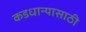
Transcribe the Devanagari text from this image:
कडधान्यासाठी